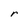
Character: r